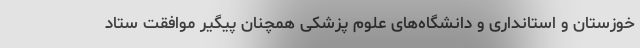
خوزستان و استانداری و دانشگاه‌های علوم پزشکی همچنان پیگیر موافقت ستاد